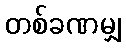
တစ်ခဏမျှ